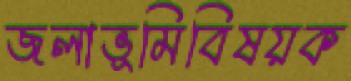
জলাভূমিবিষয়ক